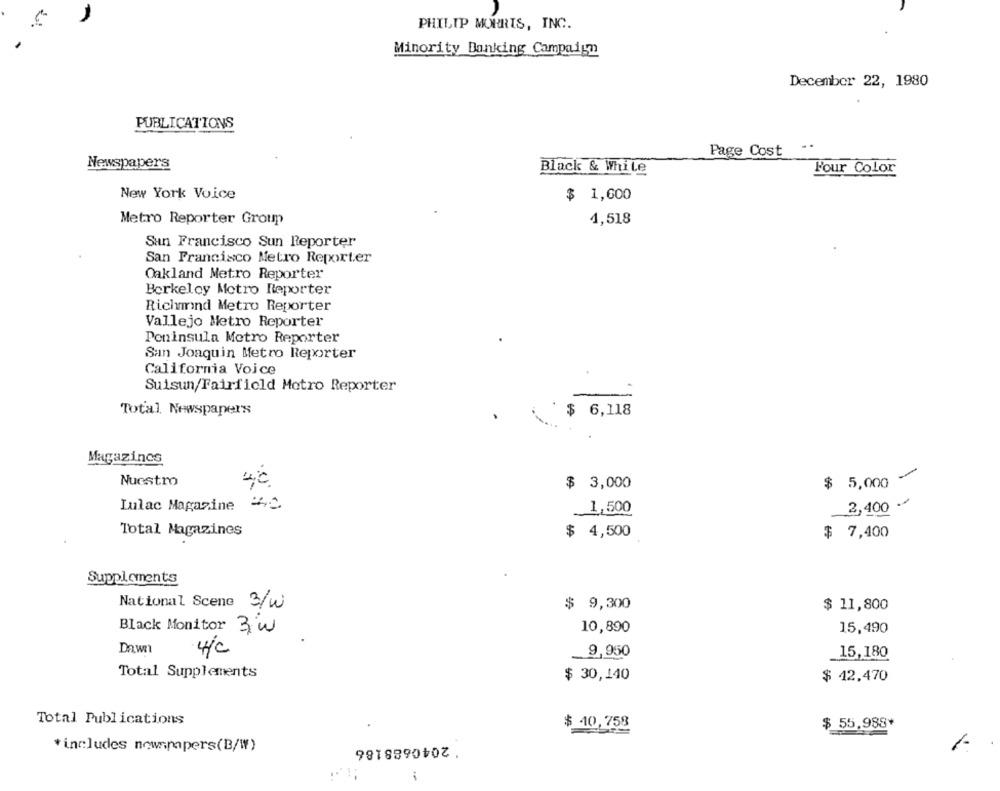
PHILIP MORRIS, INC.
Minority Banking Campaign
December 22, 1980
PUBLICATIONS
Page Cost
Newspapers
Black & While
Four Color
New York Voice
$ 1,600
Metro Reporter Group
4,518
San Francisco Sun Reporter
San Francisco Metro Reporter
Oakland Metro Reporter
Berkeley Metro Reporter
Richmnd Metro Reporter
Vallejo Metro Reporter
Peninsula Metro Reporter
San Joaquin Metro Reporter
California Voice
Suisun/Fairfield Metro Reporter
Total Newspapers
$ 6,118
Magazines
Nuestro
$ 5,000
$ 3,000
Lulac Magazine "40.
2,400 -
1,500
Total Magazines
$ 4,500
$ 7,400
Supplements
National Scene 3/w
$ 9,300
$ 11,800
Black Monitor 3 w
10,890
15,490
Dawn
4/C
9,950
15,180
Total Supplements
$ 30,140
$ 42.470
Total Publications
$ 40,758
$ 55.988*
'2040688186
*includes newspapers(B/W)
1-
i